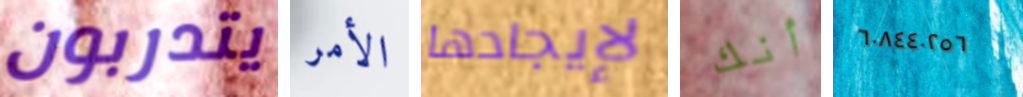
يتدربون الأمر لإيجادها أنك ٦٠٨٤٤٠٢٥٦